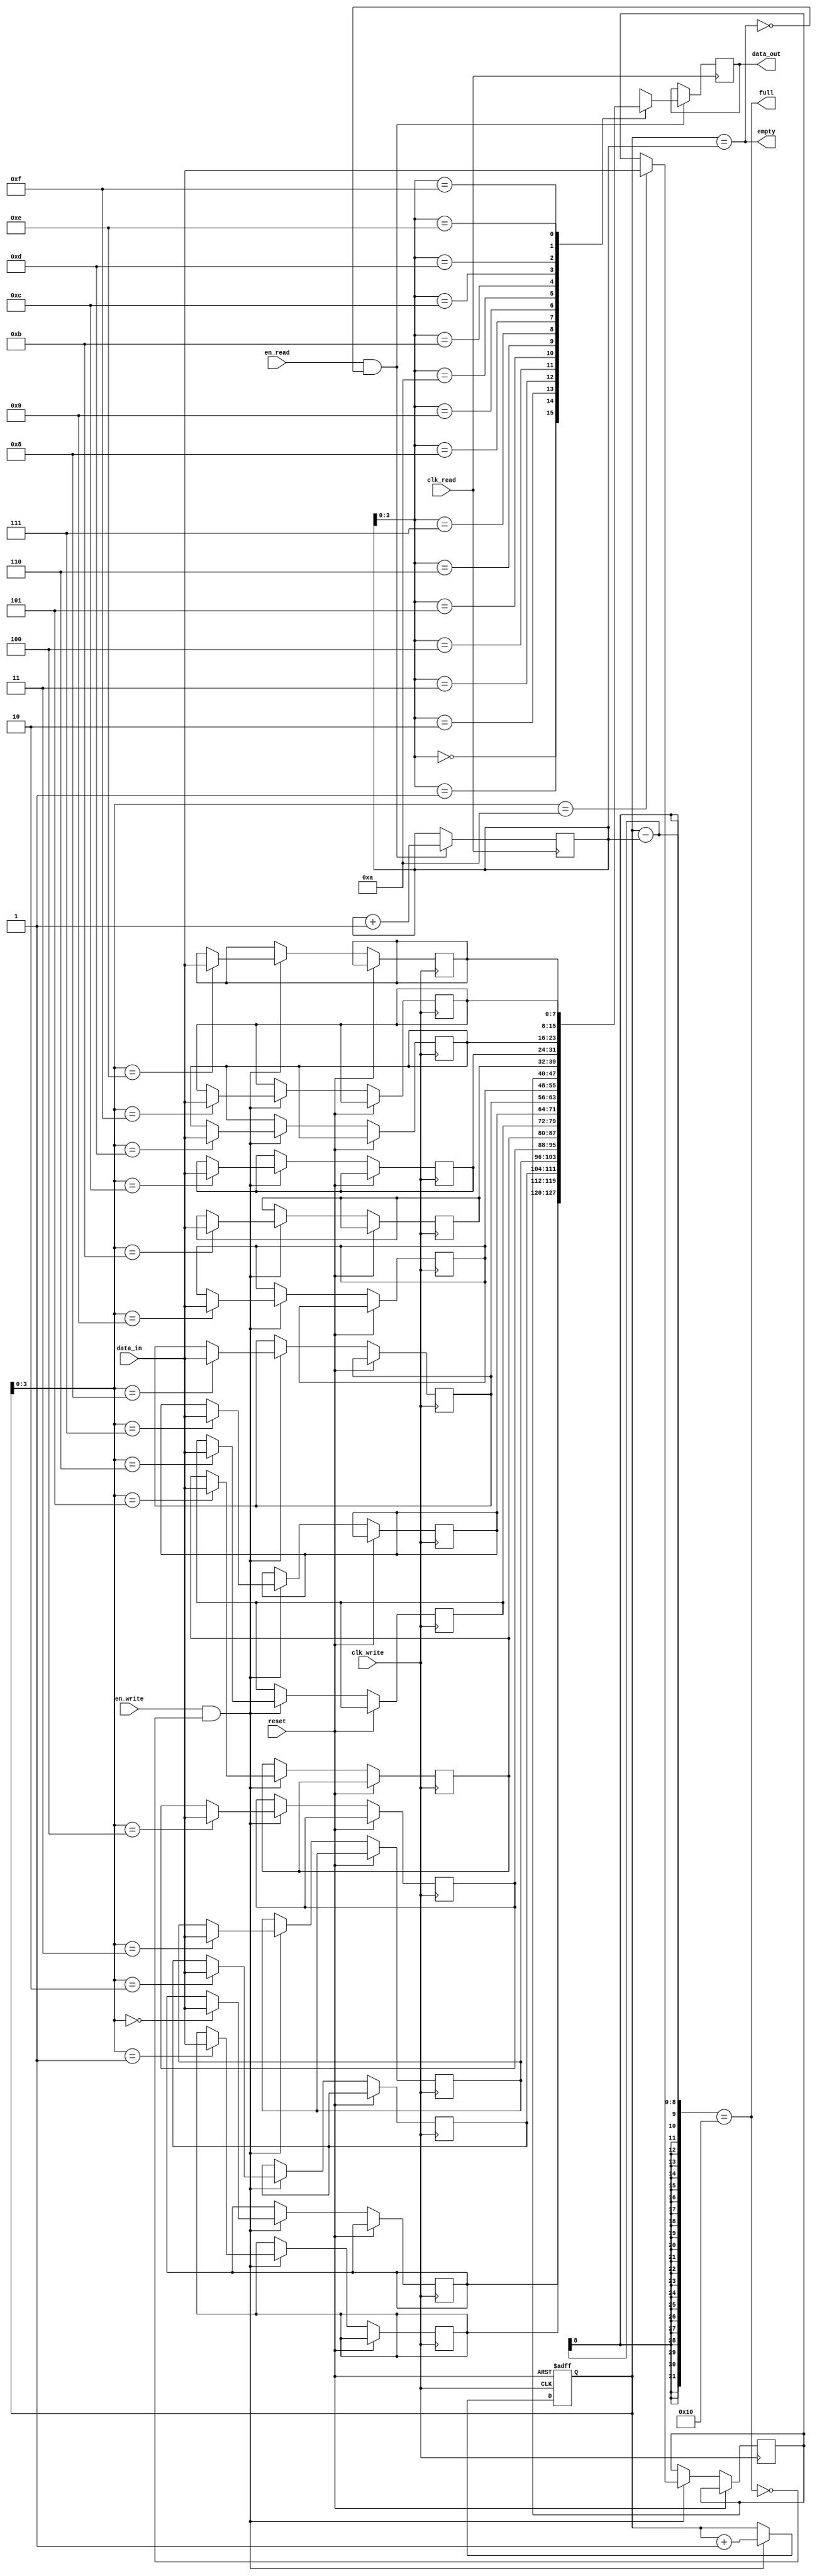
module fifo_buffer (
    input clk_write,    // Write clock
    input clk_read,     // Read clock
    input reset,        // Reset signal
    
    input en_write,     // Write enable
    input en_read,      // Read enable
    
    input [DATA_WIDTH-1:0] data_in,    // Input data
    output reg [DATA_WIDTH-1:0] data_out, // Output data
    
    output full,        // Full flag
    output empty        // Empty flag
);

parameter DEPTH = 16;    // Depth of the FIFO buffer
parameter DATA_WIDTH = 8;  // Width of the data bus

reg [DATA_WIDTH-1:0] fifo [0:DEPTH-1];
reg [DATA_WIDTH-1:0] read_ptr;
reg [DATA_WIDTH-1:0] write_ptr;

always @(posedge clk_write or posedge reset) begin
    if (reset) begin
        write_ptr <= 0;
    end else begin
        if (en_write && ~full) begin
            fifo[write_ptr] <= data_in;
            write_ptr <= write_ptr + 1;
        end
    end
end

always @(posedge clk_read) begin
    if (en_read && ~empty) begin
        data_out <= fifo[read_ptr];
        read_ptr <= read_ptr + 1;
    end
end

assign full = (write_ptr - read_ptr == DEPTH);
assign empty = (write_ptr == read_ptr);

endmodule